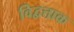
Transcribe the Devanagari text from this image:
विद्वत्ताक